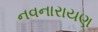
નવનારાયણ